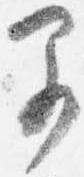
早